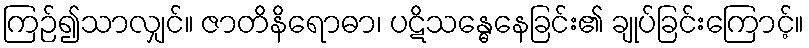
ကြဉ်၍သာလျှင်။ ဇာတိနိရောဓာ၊ ပဋိသန္ဓေနေခြင်း၏ ချုပ်ခြင်းကြောင့်။